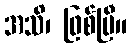
အသိ၊ ဖြစ်ပြီ။